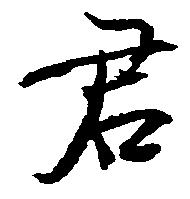
君